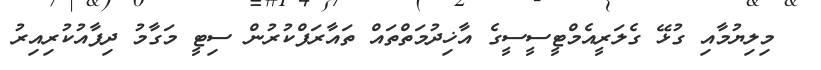
މިލިޔުމާއި ގުޅޭ ގެލަރީއެމްޓީސީސީގެ އާޚިދުމަތްތައް ތައާރަފްކުރުން ސިޓީ މަގާމު ދިފާއުކުރިއިރު